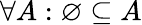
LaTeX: \forall A:\varnothing\subseteq A